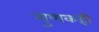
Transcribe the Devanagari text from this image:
गुणकही